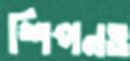
শিপনও